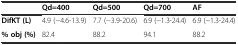
<table><thead><tr><td></td><td><b>Qd=400</b></td><td><b>Qd=500</b></td><td><b>Qd=700</b></td><td><b>AF</b></td></tr></thead><tbody><tr><td><b>DifKT (L)</b></td><td>4.9 (−4.6-13.9)</td><td>7.7 (−3.9-20.6)</td><td>6.9 (−1.3-24.4)</td><td>6.9 (−1.3-24.4)</td></tr><tr><td><b>% obj (%)</b></td><td>82.4</td><td>88.2</td><td>94.1</td><td>88.2</td></tr></tbody></table>